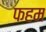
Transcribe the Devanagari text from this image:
फहम